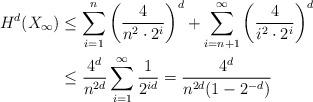
LaTeX: \begin{align*}H^d(X_\infty) &\le \sum_{i=1}^{n} \left(\frac4{n^2\cdot 2^i} \right)^d + \sum_{i=n+1}^{\infty} \left(\frac4{i^2\cdot 2^i}\right)^d \\&\le \frac{4^d}{n^{2d}} \sum_{i=1}^{\infty} \frac1{2^{id}}=\frac{4^d}{n^{2d} (1-2^{-d})}\end{align*}